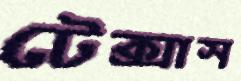
টেক্সাস